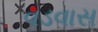
વડવાસ